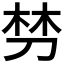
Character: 𭃩